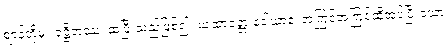
ဈာန်တို့မှ။ ဝုဋ္ဌိတံဿ၊ ထပြီးသည်ဖြစ်၍။ ယထာဝုတ္တ ဒေါသာနံ၊ အကြင်အကြင်ဆိုအပ်ပြီးသော